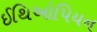
ઈથિઓપિયન